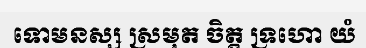
ទោមនស្ស ស្រមុត ចិត្ត ទ្រហោ យំ